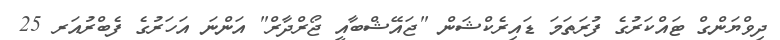
ދިވްޔަންގް ޓައްކަރުގެ ފުރަތަމަ ޑައިރެކްޝަން "ޖައޭޝްބާއީ ޖޯރްދާރް" އަންނަ އަހަރުގެ ފެބްރުއަރ 25